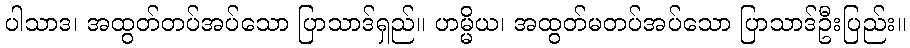
ပါသာဒ၊ အထွတ်တပ်အပ်သော ပြာသာဒ်ရှည်။ ဟမ္မိယ၊ အထွတ်မတပ်အပ်သော ပြာသာဒ်ဦးပြည်း။